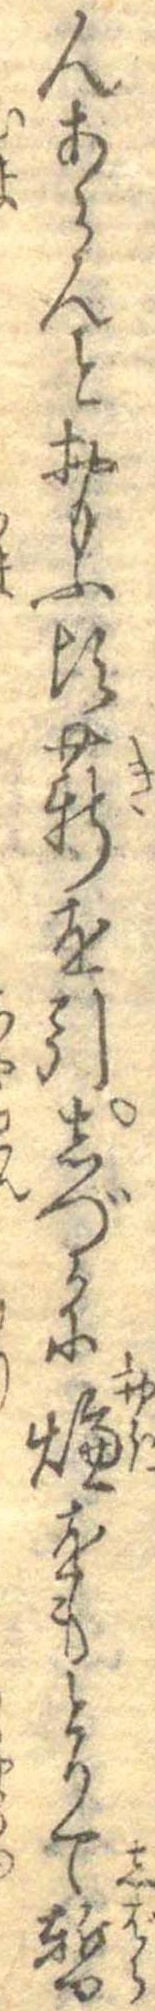
んあらんとおもふ頃薪を引しづかに燠をもとりて暫